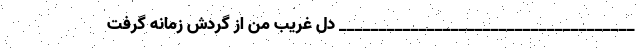
_____________________________________ دل غریب من از گردش زمانه گرفت